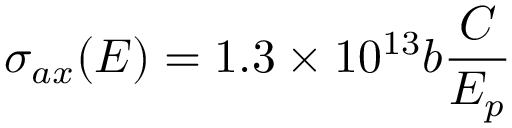
\sigma _ { a x } ( E ) = 1 . 3 \times 1 0 ^ { 1 3 } b { \frac { C } { E _ { p } } }